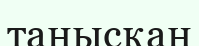
танысқан